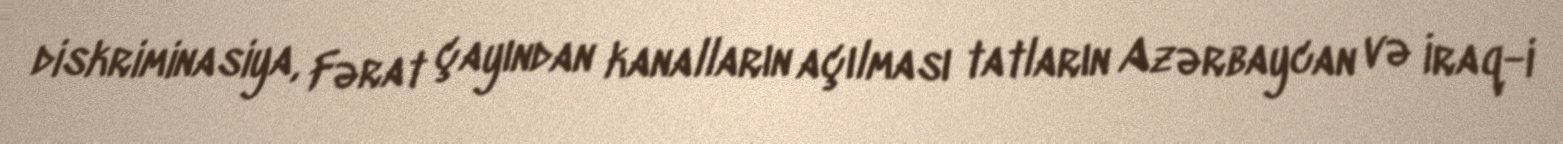
diskriminasiya, Fərat çayından kanalların açılması tatların Azərbaycan və İraq-i